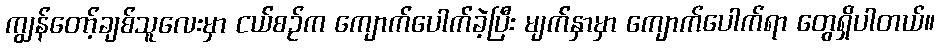
ကျွန်တော့်ချစ်သူလေးမှာ ငယ်စဉ်က ကျောက်ပေါက်ခဲ့ပြီး မျက်နှာမှာ ကျောက်ပေါက်ရာ တွေရှိပါတယ်။